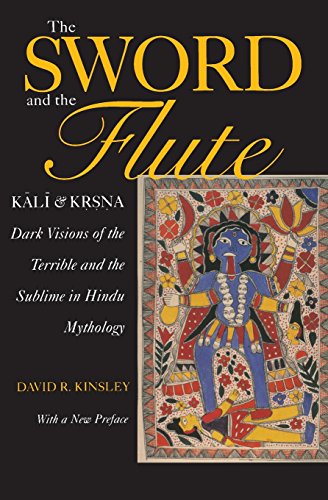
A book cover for The Sword and the Flute: Kali and Krsna- Dark Visions of the Terrible and the Sublime in Hindu Mythology (Hermeneutics, Studies in the History of Religions); David R. Kinsley; Literature & Fiction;